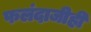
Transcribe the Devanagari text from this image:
फलंदाजीही